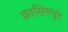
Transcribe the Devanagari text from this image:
क़ासिमपुर